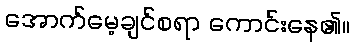
အောက်မေ့ချင်စရာ ကောင်းနေ၏။